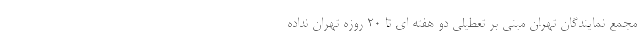
مجمع نمایندگان تهران مبنی بر تعطیلی دو هفته ای تا 20 روزه تهران نداده